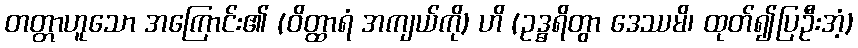
တတ္တာဟူသော အကြောင်း၏ (ဝိတ္ထာရံ အကျယ်ကို) ဟိ (ဥဒ္ဓရိတွာ ဒေဿမိ၊ ထုတ်၍ပြဦးအံ့)